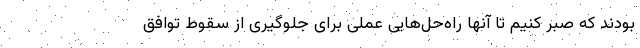
بودند که صبر کنیم تا آنها راه‌حل‌هایی عملی برای جلوگیری از سقوط توافق